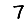
Digit: 7